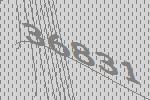
36831